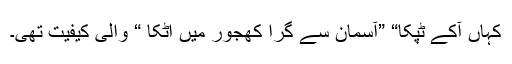
کہاں آکے ٹپکا“ ”آسمان سے گِرا کھجور میں اٹکا “ والی کیفیت تھی۔